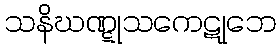
သနိဃဏ္ဋုသကေဋုဘေ